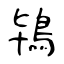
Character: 鴇